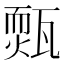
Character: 𤮁